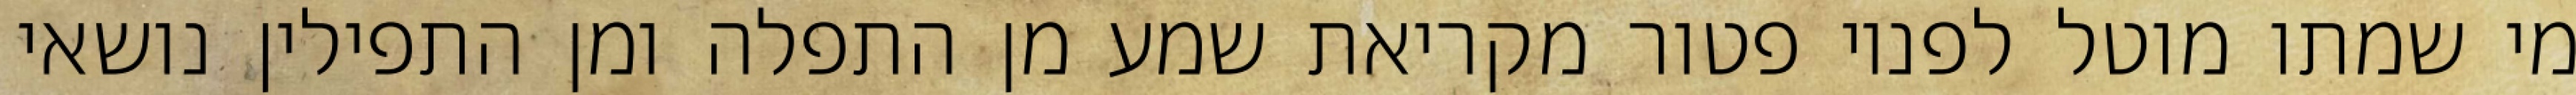
מי שמתו מוטל לפניו פטור מקריאת שמע מן התפלה ומן התפילין נושאי